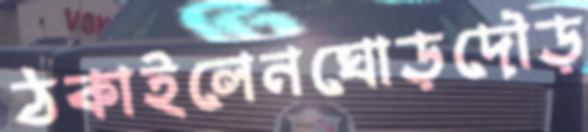
ঠকাইলেনঘোড়দৌড়